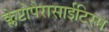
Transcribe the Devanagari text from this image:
क्लेप्टोपैरासाईटिस्म